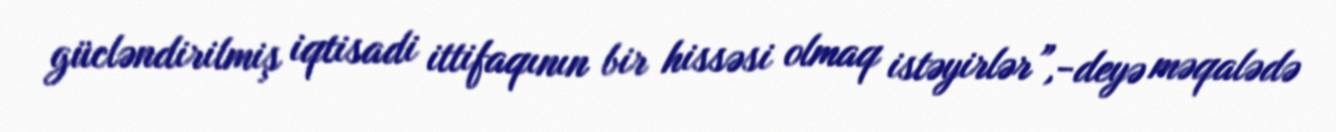
gücləndirilmiş iqtisadi ittifaqının bir hissəsi olmaq istəyirlər”,-deyə məqalədə